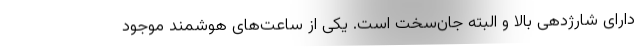
دارای شارژدهی بالا و البته جان‌سخت است. یکی از ساعت‌های هوشمند موجود